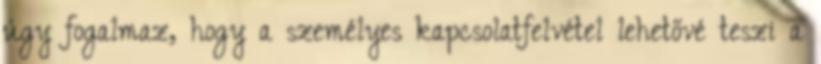
úgy fogalmaz, hogy a személyes kapcsolatfelvétel lehetővé teszi a